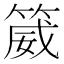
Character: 𬕚